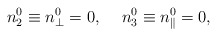
\begin{align*}n^0_2\equiv n^0_\perp=0,\hspace*{5mm}n^0_3\equiv n^0_\parallel=0,\end{align*}